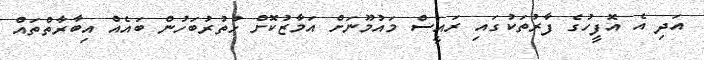
އަދި އެ އޮފީހުގެ ފާރުތަކުގައި ރައީސް މައުމޫނަށް އަމާޒުކޮށް ހުތުރުބަހުން ބައެއް އިބާރާތްތައް